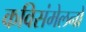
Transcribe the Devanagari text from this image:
कविसंमेलनों